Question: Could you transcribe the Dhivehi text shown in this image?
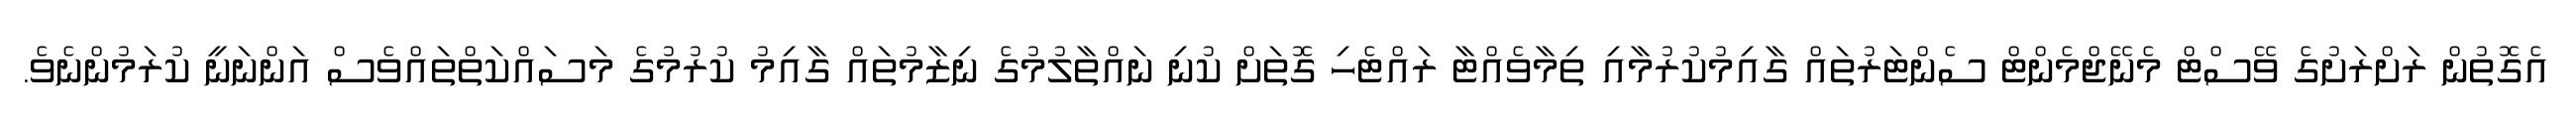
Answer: އެގޮތުން ރަށްރަށުގެ ވޭސްޓް މެނޭޖްމެންޓް ސެންޓަރުތައް ގާއިމުކުރުމާއި ތިމާވެއްޓާ ރައްޓެހި ގޮތަށް ކުނި ނައްތާލުމުގެ ނިޒާމުތައް ގާއިމު ކުރުމުގެ މަސައްކަތްތައްވެސް އަންނަނީ ކުރަމުންނެވެ.